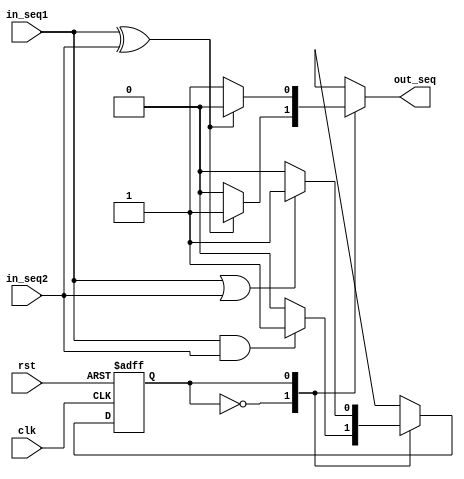
module SerialAdder(clk, rst, in_seq1, in_seq2, out_seq);
	input clk, rst, in_seq1, in_seq2;
	output reg out_seq;
	parameter ZERO = 0, ONE = 1;
	reg curr_carry, next_carry;

	always @(posedge clk or posedge rst) begin
		if (rst)
			curr_carry <= 0;
		else
			curr_carry <= next_carry;
	end

	always @(curr_carry or in_seq1 or in_seq2) begin
		case (curr_carry)
			ZERO: begin
				next_carry = (in_seq1 & in_seq2)?1:0;
				out_seq = (in_seq1 ^ in_seq2)?1:0;
			end
			ONE: begin
				next_carry = (in_seq1 | in_seq2)?1:0;
				out_seq = (in_seq1 ^ in_seq2)?0:1;
			end
			default: begin
				next_carry = 0;
				out_seq = 0;
			end
		endcase
	end
endmodule